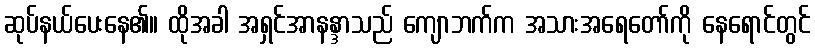
ဆုပ်နယ်ပေးနေ၏။ ထိုအခါ အရှင်အာနန္ဒာသည် ကျောဘက်က အသားအရေတော်ကို နေရောင်တွင်